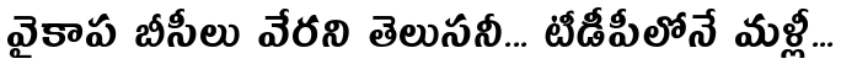
వైకాప బీసీలు వేరని తెలుసనీ... టీడీపీలోనే మళ్లీ...